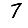
Digit: 7